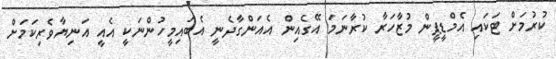
ކުރުމަށް ޓަކައި އެމްޑީޕީން މުޒާހަރާ ކުރާނަމަ އޭގެއިން އެއަންގާދެނީ އެބައިމީހުންނަކީ އެއީ އަނިޔާވެރިކަމަށް